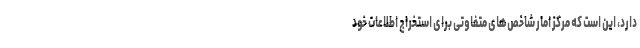
دارد، این است که مرکز امار شاخص‌های متفاوتی برای استخراج اطلاعات خود